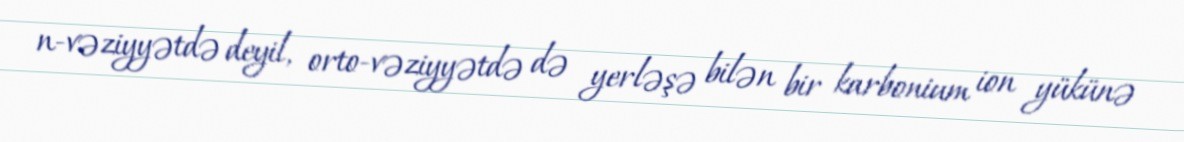
n-vəziyyətdə deyil, orto-vəziyyətdə də yerləşə bilən bir karbonium ion yükünə